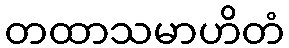
တထာသမာဟိတံ